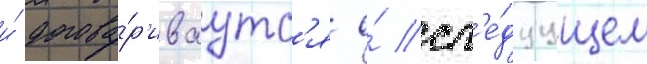
и́ догова́р'иваутс'я о́ сл'е́дуущем